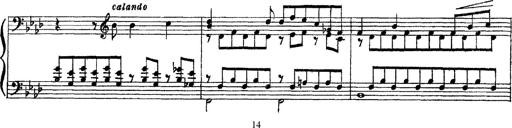
Title: 3 sonetti di Petrarca
Composer: Franz Liszt